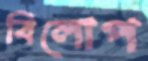
বিলোপ